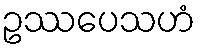
ဥဿပေသဟံ